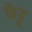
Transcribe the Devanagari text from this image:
फेडू